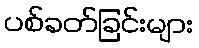
ပစ်ခတ်ခြင်းများ